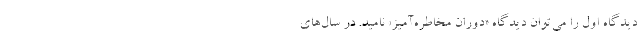
دیدگاه اول را می‌توان دیدگاه «دوران مخاطره‌آمیز» نامید. در سال‌های